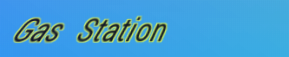
Gas Station